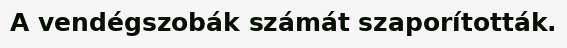
A vendégszobák számát szaporították.